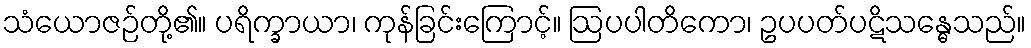
သံယောဇဉ်တို့၏။ ပရိက္ခာယာ၊ ကုန်ခြင်းကြောင့်။ ဩပပါတိကော၊ ဥပပတ်ပဋိသန္ဓေသည်။